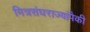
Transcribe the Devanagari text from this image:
मित्रसंघराज्यांपैकी